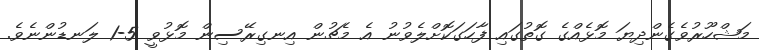
މަޝްހޫރުވެގެންދިޔަ މޮޅެއްގެ ގޮތުގައި ފާހަގަކޮށްލެވުނު އެ މެޗުން އިނގިރޭސިން މޮޅުވީ 5-1 ލަނޑުންނެވެ.